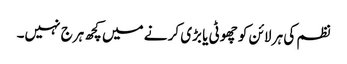
نظم کی ہر لائن کو چھوٹی یا بڑی کر نے میں کچھ ہرج نہیں۔